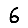
Digit: 6